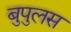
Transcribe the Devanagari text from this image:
बुपुलस